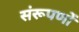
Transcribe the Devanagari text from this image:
संरूपणों